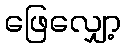
ဖြေလျှော့